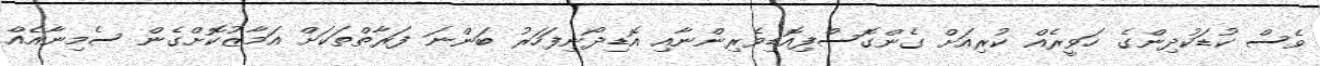
ވެސް ކުޑަކުދިންގެ ހަވީރެއް ކުރިއަށް ގެންގޮސްފިއޮޑިވެރިންނާއި އޮޑިދޯނިފަހަރު ބަންނަ ފަރާތްތަކަށް އަމާޒުކޮށްގެން ސެމިނާއެއް